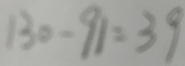
1 3 0 - 9 1 = 3 9